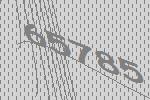
65785